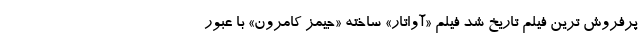
پرفروش‌ ترین فیلم تاریخ شد فیلم «آواتار» ساخته «جیمز کامرون» با عبور